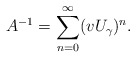
\begin{align*}A^{-1}=\sum_{n=0}^\infty (vU_\gamma)^n.\end{align*}